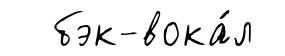
бэк-вока́л